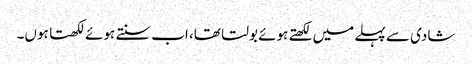
شادی سے پہلے میں‌ لکھتے ہوئے بولتا تھا، اب سنتے ہوئے لکھتا ہوں‌۔